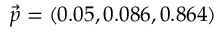
\vec { p } = ( 0 . 0 5 , 0 . 0 8 6 , 0 . 8 6 4 )